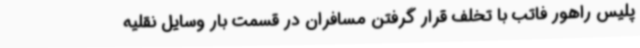
پلیس راهور فاتب با تخلف قرار گرفتن مسافران در قسمت بار وسایل نقلیه